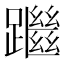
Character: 䠪